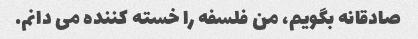
صادقانه بگویم، من فلسفه را خسته کننده می دانم.